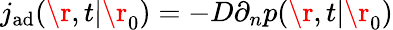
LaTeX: j_{\mathrm{{ad}}}(\r,t|\r_{0})=-D\partial_{n}p(\r,t|\r_{0})